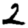
Digit: 2